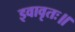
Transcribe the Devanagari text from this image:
इवावृतः॥